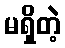
မရှိတဲ့